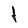
Character: f